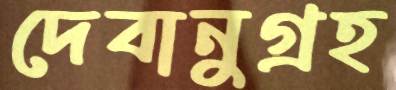
দেবানুগ্রহ